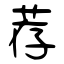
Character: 荐